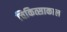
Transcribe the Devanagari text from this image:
चिकित्साकाल